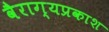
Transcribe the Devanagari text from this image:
वैराग्यप्रकाश